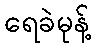
ရေခဲမုန့်